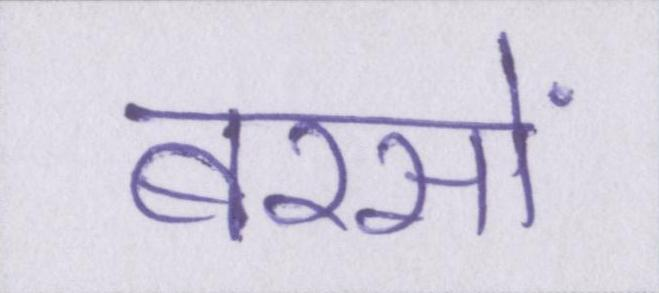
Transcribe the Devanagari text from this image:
बरसों